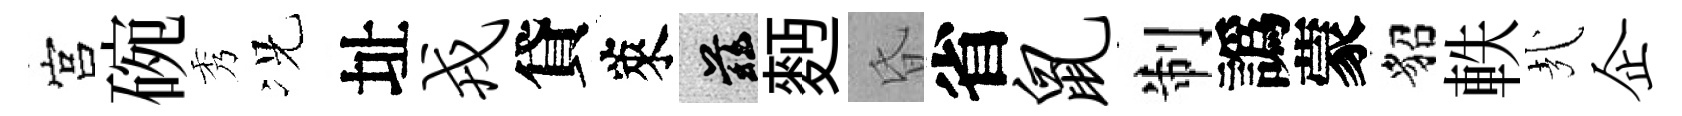
宫碗秀况址戎貸萊兹麪昏省鼠制譌蒙貂軼㢤企